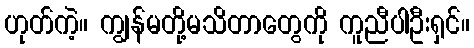
ဟုတ်ကဲ့။ ကျွန်မတို့မသိတာတွေကို ကူညီပါဦးရှင်။